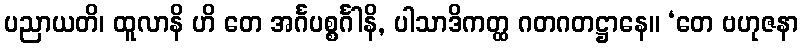
ပညာယတိ၊ ထူလာနိ ဟိ တေ အင်္ဂပစ္စင်္ဂါနိ, ပါသာဒိကတ္ထ ဂတဂတဋ္ဌာနေ။ ‘တေ ဗဟုဇနာ